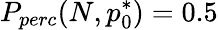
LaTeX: P_{perc}(N,p_{0}^{*})=0.5